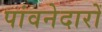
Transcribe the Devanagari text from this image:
पांवनेदारों